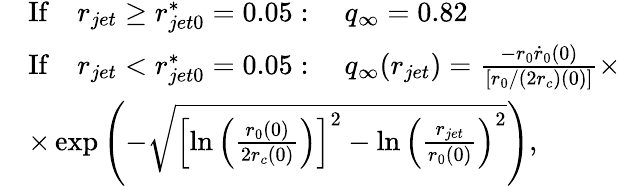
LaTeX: \begin{array}{rl}&{\mathrm{If}\quad r_{jet}\geq r_{jet0}^{*}=0.05:\quad q_{\infty}=0.82}\\ &{\mathrm{If}\quad r_{jet}<r_{jet0}^{*}=0.05:\quad q_{\infty}(r_{jet})=\frac{-r_{0}\dot{r}_{0}(0)}{\left[r_{0}/\left(2r_{c}\right)(0)\right]}\times}\\ &{\times\exp\left(-\sqrt{\left[\ln\left(\frac{r_{0}(0)}{2r_{c}(0)}\right)\right]^{2}-\ln\left(\frac{r_{jet}}{r_{0}(0)}\right)^{2}}\right),}\end{array}